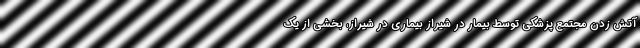
آتش زدن مجتمع پزشکی توسط بیمار در شیراز بیماری در شیراز، بخشی از یک